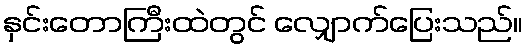
နှင်းတောကြီးထဲတွင် လျှောက်ပြေးသည်။